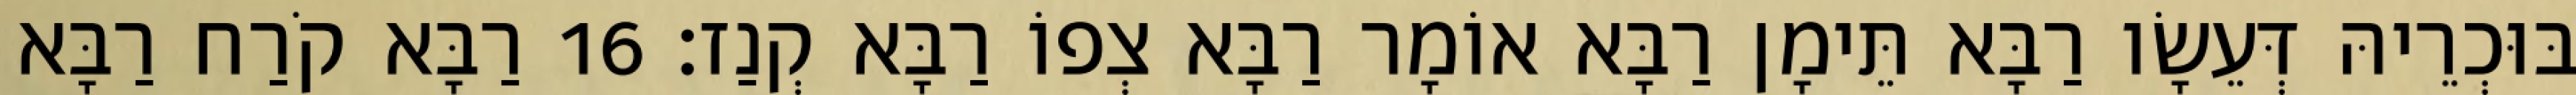
בּוּכְרֵיהּ דְּעֵשָׂו רַבָּא תֵּימָן רַבָּא אוֹמָר רַבָּא צְפוֹ רַבָּא קְנַז׃ 16 רַבָּא קֹרַח רַבָּא